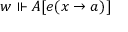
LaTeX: w \Vdash A [ e ( x \to a ) ]